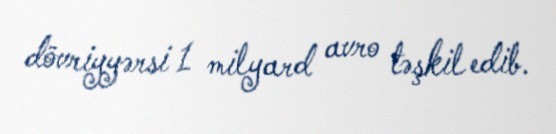
dövriyyərsi 1 milyard avro təşkil edib.